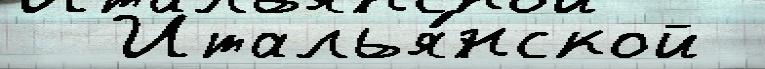
  Италья́нской